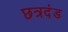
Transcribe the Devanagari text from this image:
छत्रदंड